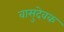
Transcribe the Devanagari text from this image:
वासुदेवक